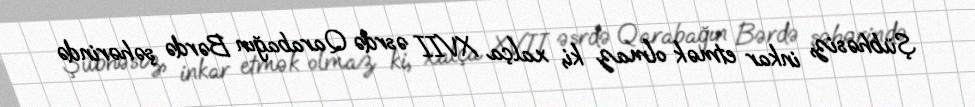
Şübhəsiz, inkar etmək olmaz ki, xalça XVII əsrdə Qarabağın Bərdə şəhərində